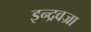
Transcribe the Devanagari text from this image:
इन्द्रवज्रा